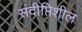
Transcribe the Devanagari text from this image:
संदीप्तिशील